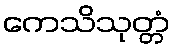
ကေသိသုတ္တံ